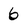
Character: 6